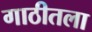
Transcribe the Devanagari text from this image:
गाठीतला